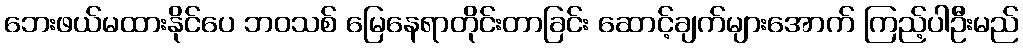
ဘေးဖယ်မထားနိုင်ပေ ဘဝသစ် မြေနေရာတိုင်းတာခြင်း ဆောင့်ချက်များအောက် ကြည့်ပါဦးမည်